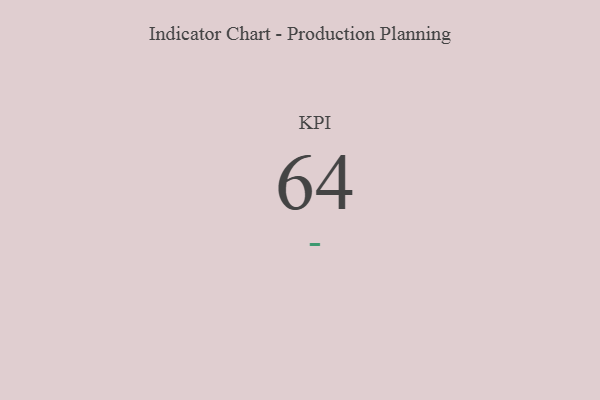
{"axis": {"x": "KPI", "y": "Value"}, "legend": [""], "data": [{"x": "KPI", "y": 64, "type": ""}]}